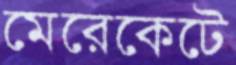
মেরেকেটে